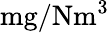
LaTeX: \mathrm{mg/Nm^{3}}